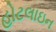
હોટલાઇન